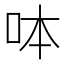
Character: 呠